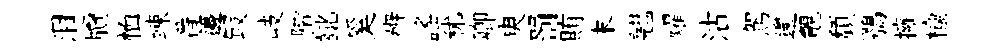
泪牘恤竦番籩冣岐階齔奚辨謡秫卿㬰罰賄末翹燿沽駕邊覿頹鶚擁楡